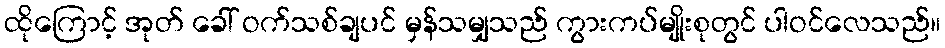
ထိုကြောင့် အုတ် ခေါ် ဝက်သစ်ချပင် မှန်သမျှသည် ကွားကပ်မျိုးစုတွင် ပါဝင်လေသည်။